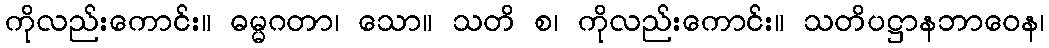
ကိုလည်းကောင်း။ ဓမ္မဂတာ၊ သော။ သတိ စ၊ ကိုလည်းကောင်း။ သတိပဋ္ဌာနဘာဝေန၊